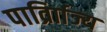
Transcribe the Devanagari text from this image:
पार्व्राािज्य